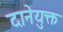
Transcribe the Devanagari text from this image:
दानेयुक्त